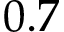
0 . 7